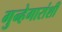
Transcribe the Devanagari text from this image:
गुन्हेगारांशी